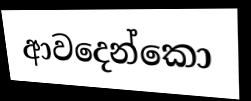
ආවදෙන්කො